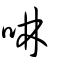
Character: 啉